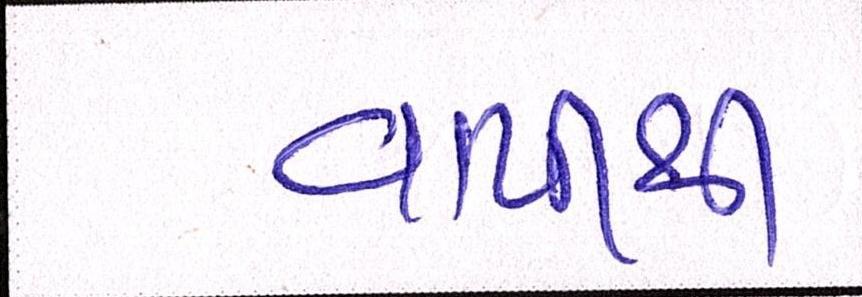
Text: વાપીથી